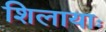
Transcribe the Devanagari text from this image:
शिलायाः